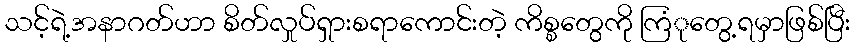
သင့်ရဲ့အနာဂတ်ဟာ စိတ်လှုပ်ရှားစရာကောင်းတဲ့ ကိစ္စတွေကို ကြံုတွေ့ရမှာဖြစ်ပြီး